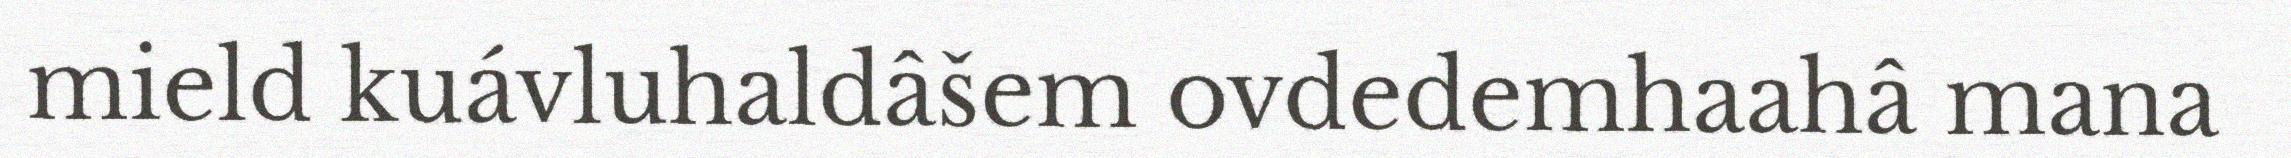
mield kuávluhaldâšem ovdedemhaahâ mana